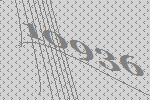
10936